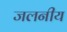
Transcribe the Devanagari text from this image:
जलनीय